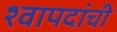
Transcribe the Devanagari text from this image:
श्वापदांची